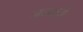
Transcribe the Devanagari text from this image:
जनक्षये